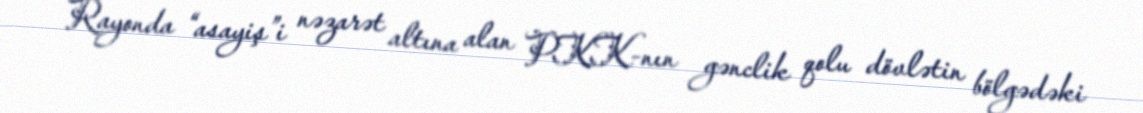
Rayonda “asayiş”i nəzarət altına alan PKK-nın gənclik qolu dövlətin bölgədəki